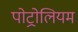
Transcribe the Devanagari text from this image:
पोट्रोलियम